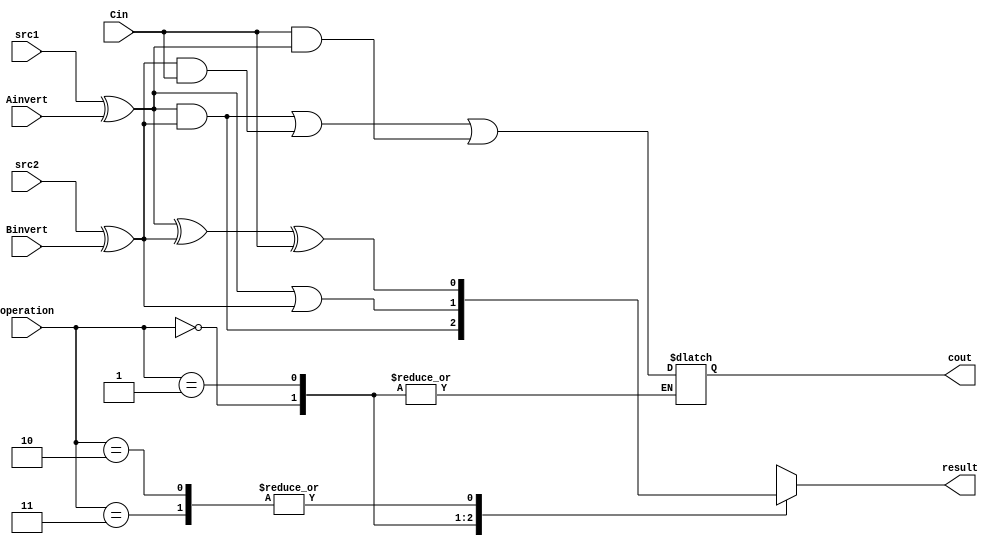
/***************************************************
Student Name: 
Student ID: 0711239
***************************************************/
`timescale 1ns/1ps

module ALU_1bit(
	input				src1,       //1 bit source 1  (input)
	input				src2,       //1 bit source 2  (input)
	input 				Ainvert,    //1 bit A_invert  (input)
	input				Binvert,    //1 bit B_invert  (input)
	input 				Cin,        //1 bit carry in  (input)
	input 	    [2-1:0] operation,  //2 bit operation (input)
	output reg          result,     //1 bit result    (output)
	output reg          cout        //1 bit carry out (output)
	);

/* Write your code HERE */

/*	opcode:
	2'b00 : AND
	2'b01 : OR
	2'b10/11: Full Adder*/

wire a, b;

assign a = src1 ^ Ainvert;
assign b = src2 ^ Binvert;


always @(*) begin
	case(operation)
		2'b00: begin
			result = a & b;
		end
		2'b01: begin
			result = a | b;
		end
		2'b10, 2'b11: begin
			result = a ^ b ^ Cin;
			cout = (a & b) | (b & Cin) | (Cin & a);
		end
	endcase
end

endmodule